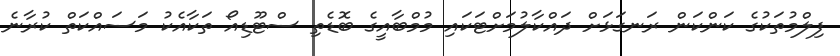
ފިލްމުތަކުގެ ކަންކަން ރަނގަޅަށް ދައްކާލުމަށްޓަކައި މުމްބާއީގެ ބޮޑެތި ސްޓޫޑިއޯ ތަކާއެކު މަސައްކަތް ކުރާނެ